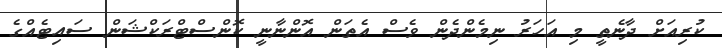
ކުރިއަށް ދާނެތީ މި އަހަރު ނިމެންދެން ވެސް އެތަން އޮންނާނީ ކޮންސްޓްރަކްޝަން ސައިޓެއްގެ